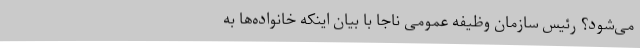
می‌شود؟ رئیس سازمان وظیفه عمومی ناجا با بیان اینکه خانواده‌ها به